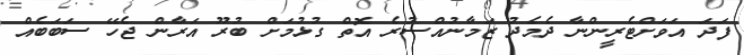
ފަދަ އަވަށްޓެރީންނާ ދެމެދު ޒަމާނުއްސުރެ އޮތް ގުޅުމަށް ބުރޫ އަރާން ޖެހޭ ސަބަބެއް